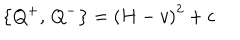
\left\{ Q ^ { + } , \, Q ^ { - } \right\} = \left( H - v \right) ^ { 2 } + c